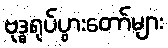
ဗုဒ္ဓရုပ်ပွားတော်များ